Annual administration report of the Bombay Presidency - 1887-1892
Year: 1887
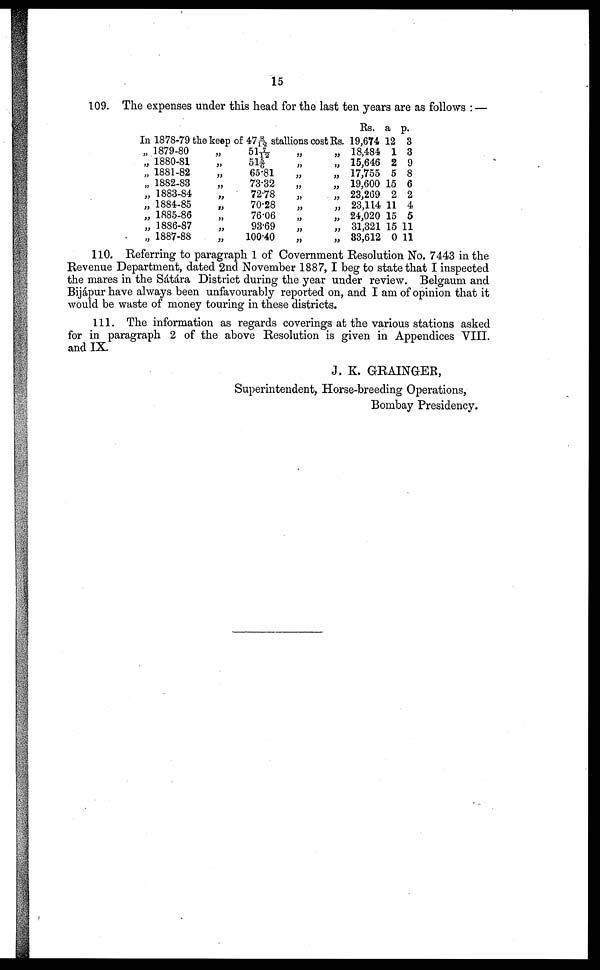
15
109. The expenses under this head for the last ten years are as follows : —
In 1878-79 the
„ 1879-80
„ 1880-81
„ 1881-82
„ 1882-83
„ 1883-84
„ 1884-85
„ 1885-86
„ 1886-87
„ 1887-88
keep of 478/12 stallions cost Rs.
„ 517/12
„
515/6
„ 65.81
„ 73.32
„ 72.78
„
70.28
„ 76.06
„ 93.69
„ 100.40
„
„
„
„
„
„
„
„
„
„
„
„
„
„
„
„
„
„
Rs.
19,674
18,484
15,646
17,755
19,600
23,269
23,114
24,020
31,321
83,612
a
12
1
2
5
15
2
11
15
15
0
p.
3
3
9
8
6
2
4
5
11
11
110. Referring to paragraph 1 of Government Resolution No. 7443 in the
Revenue Department, dated 2nd November 1887, I beg to state that I inspected
the mares in the Sátára District during the year under review. Belgaum and
Bijápur have always been unfavourably reported on, and I am of opinion that it
would be waste of money touring in these districts.
111. The information as regards coverings at the various stations asked
for in paragraph 2 of the above Resolution is given in Appendices VIII.
and IX.
J. K. GRAINGER,
Superintendent, Horse-breeding Operations,
Bombay Presidency.